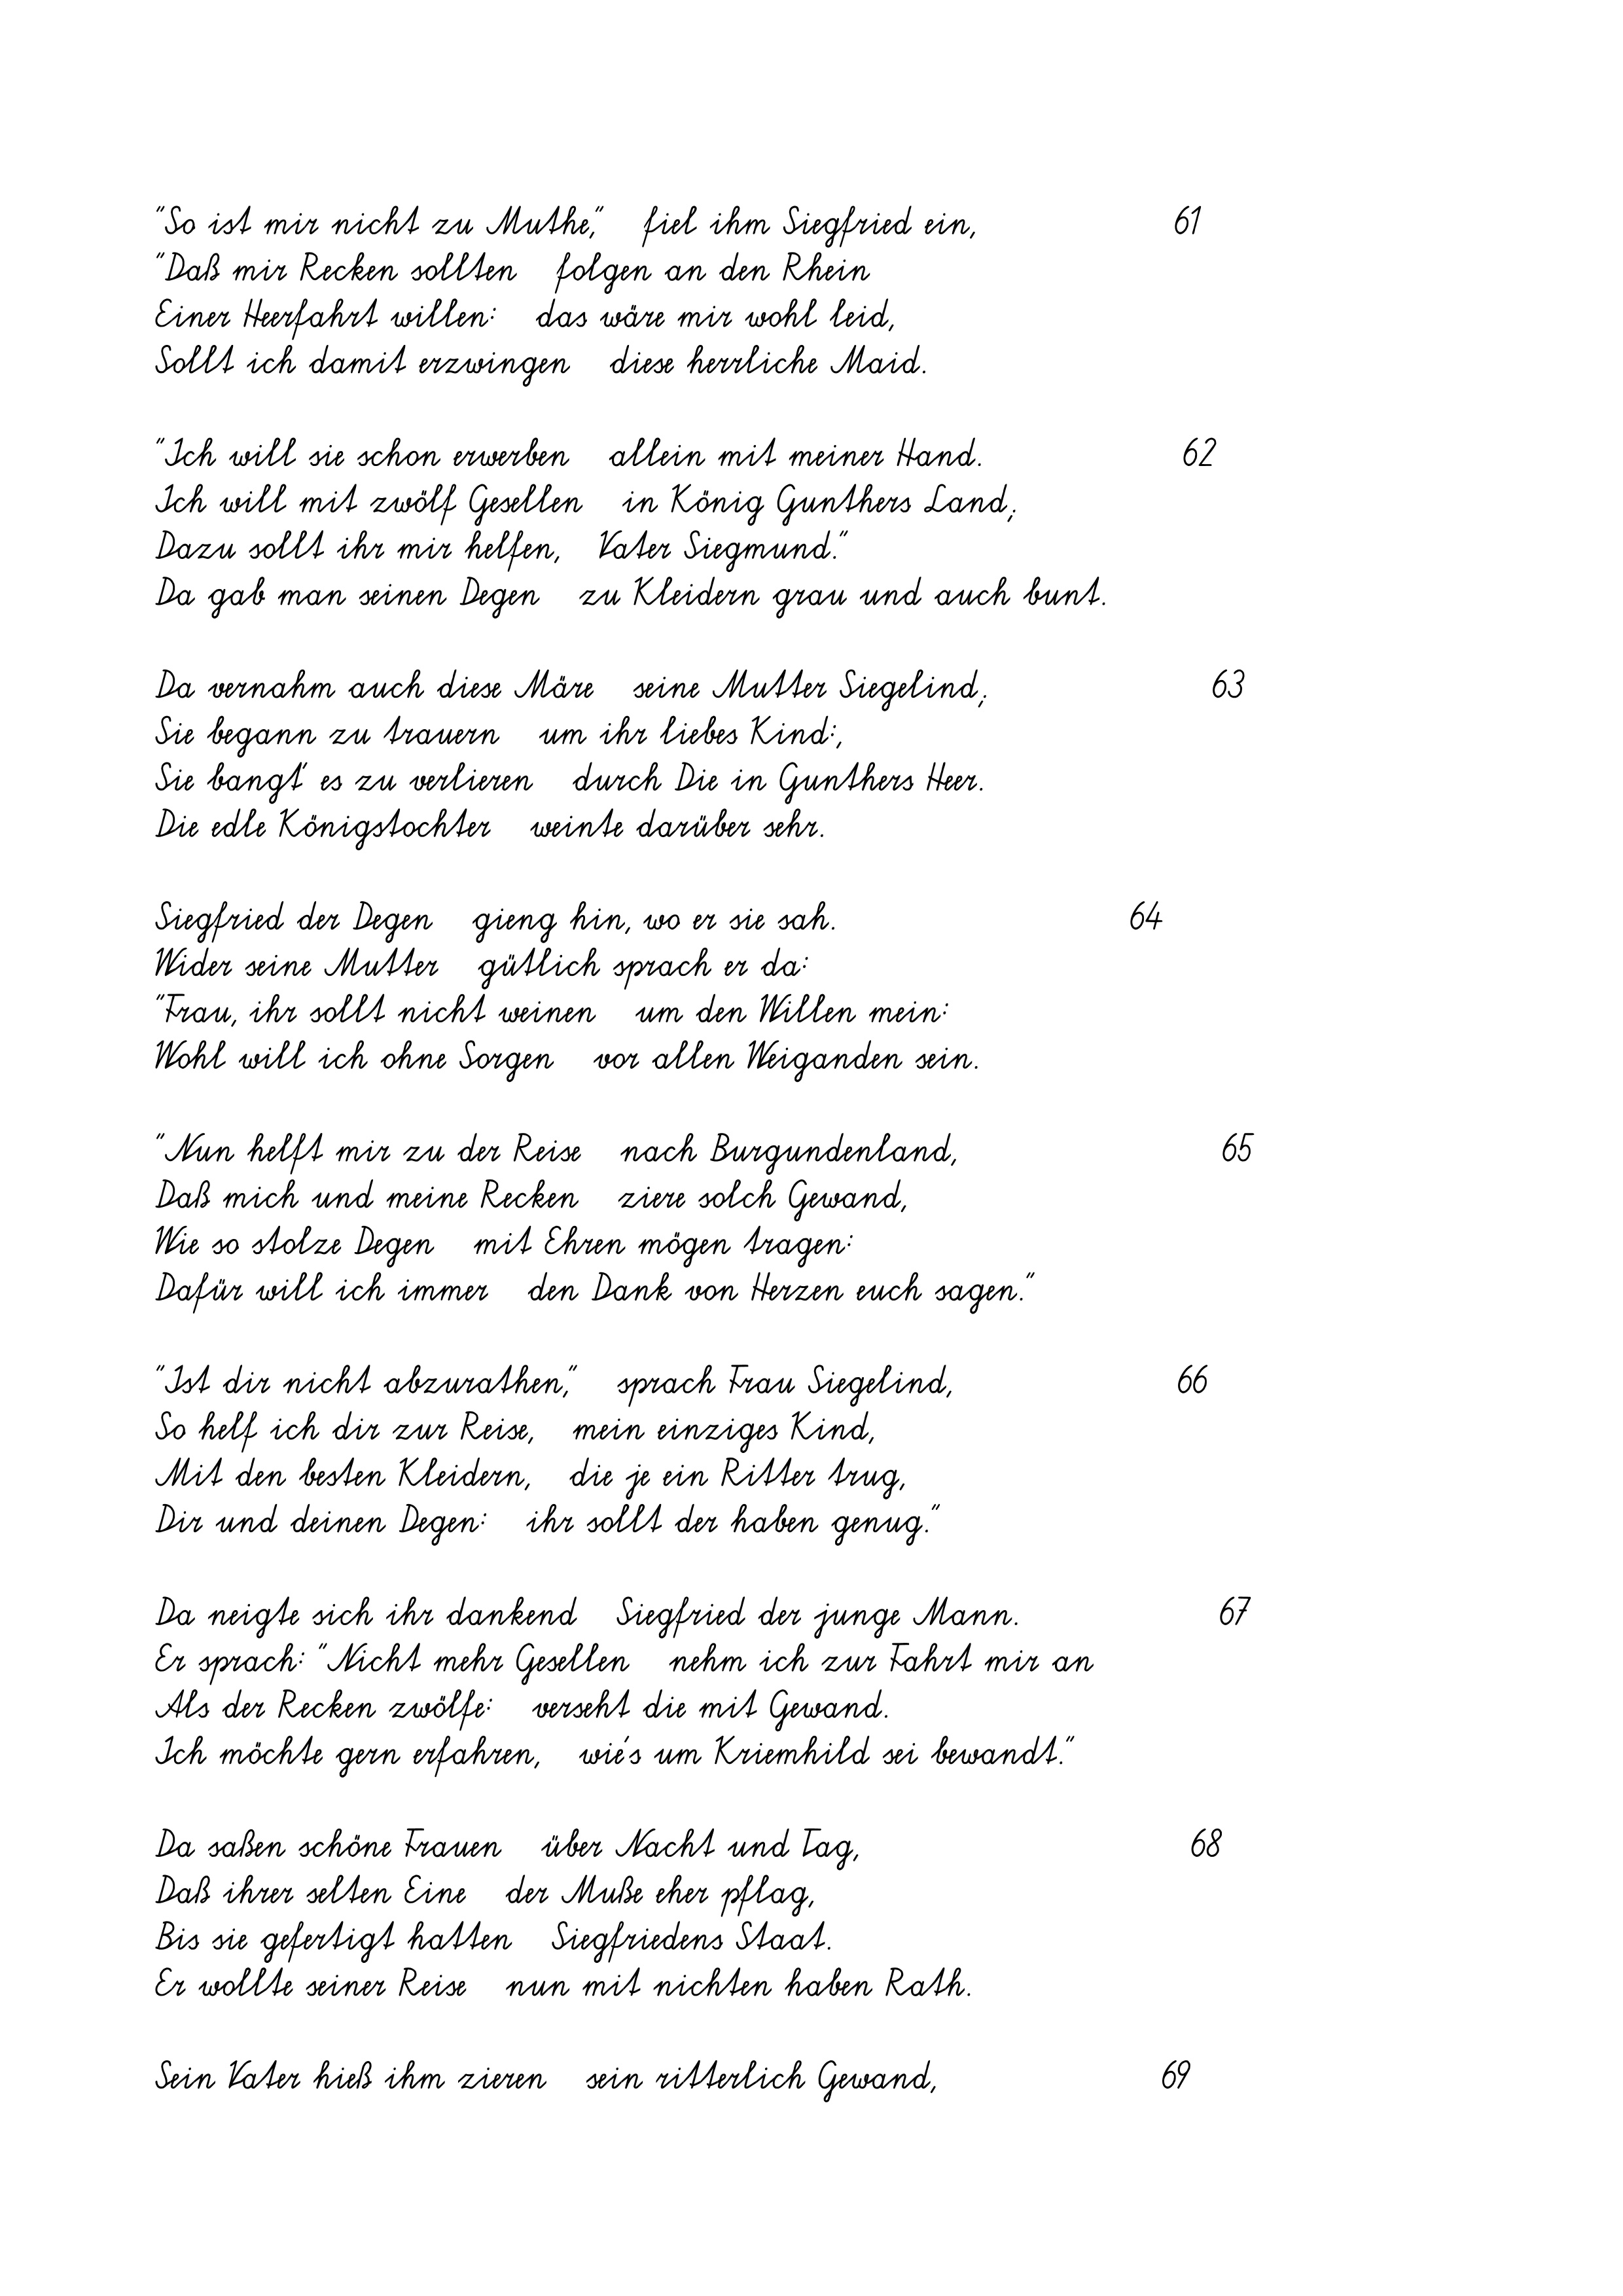
"So ist mir nicht zu Muthe,"   fiel ihm Siegfried ein,
"Daß mir Recken sollten   folgen an den Rhein
Einer Heerfahrt willen:   das wäre mir wohl leid,
Sollt ich damit erzwingen   diese herrliche Maid.
"Ich will sie schon erwerben   allein mit meiner Hand.
Ich will mit zwölf Gesellen   in König Gunthers Land;
Dazu sollt ihr mir helfen,   Vater Siegmund."
Da gab man seinen Degen   zu Kleidern grau und auch bunt.
Da vernahm auch diese Märe   seine Mutter Siegelind;
Sie begann zu trauern   um ihr liebes Kind:,
Sie bangt' es zu verlieren   durch Die in Gunthers Heer.
Die edle Königstochter   weinte darüber sehr.
Siegfried der Degen   gieng hin, wo er sie sah.
Wider seine Mutter   gütlich sprach er da:
"Frau, ihr sollt nicht weinen   um den Willen mein:
Wohl will ich ohne Sorgen   vor allen Weiganden sein.
"Nun helft mir zu der Reise   nach Burgundenland,
Daß mich und meine Recken   ziere solch Gewand,
Wie so stolze Degen   mit Ehren mögen tragen:
Dafür will ich immer   den Dank von Herzen euch sagen."
"Ist dir nicht abzurathen,"   sprach Frau Siegelind,
So helf ich dir zur Reise,   mein einziges Kind,
Mit den besten Kleidern,   die je ein Ritter trug,
Dir und deinen Degen:   ihr sollt der haben genug."
Da neigte sich ihr dankend   Siegfried der junge Mann.
Er sprach: "Nicht mehr Gesellen   nehm ich zur Fahrt mir an
Als der Recken zwölfe:
verseht die mit Gewand.
Ich möchte gern erfahren,   wie's um Kriemhild sei bewandt."
Da saßen schöne Frauen   über Nacht und Tag,
Daß ihrer selten Eine   der Muße eher pflag,
Bis sie gefertigt hatten   Siegfriedens Staat.
Er wollte seiner Reise   nun mit nichten haben Rath.
Sein Vater hieß ihm zieren   sein ritterlich Gewand,

64

69

66

61
62

68

63

67

65